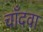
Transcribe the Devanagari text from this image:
चाँदवा